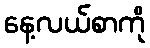
နေ့လယ်စာကို